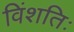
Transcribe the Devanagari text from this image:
विंशतिः